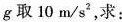
g取10m/s2，求：